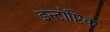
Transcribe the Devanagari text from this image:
इन्टॉप्टिक